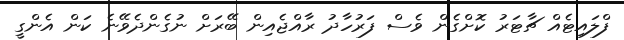
ފްލައިޓެއް ޗާޓަރު ކޮށްގެން ވެސް ފަރުހާދު ރާއްޖެއިން ބޭރަށް ނުގެންދެވޭނެ ކަން އެންގީ